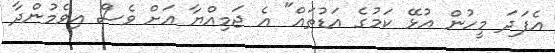
އެފަދަ މީހުން އުޅޭ ކަމުގެ އަޑުތައް" އެ ޖަމިއްޔާ އަށް ވެސް އިވެމުންދާ